Source: Handwritten
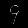
Digit: ၄ (4)